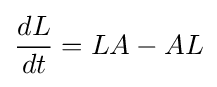
{\frac {dL}{dt}}=LA-AL